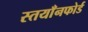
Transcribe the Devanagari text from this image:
स्तयाँनफोर्ड